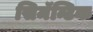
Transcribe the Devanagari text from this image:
सिमॅन्टिक